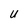
Character: U